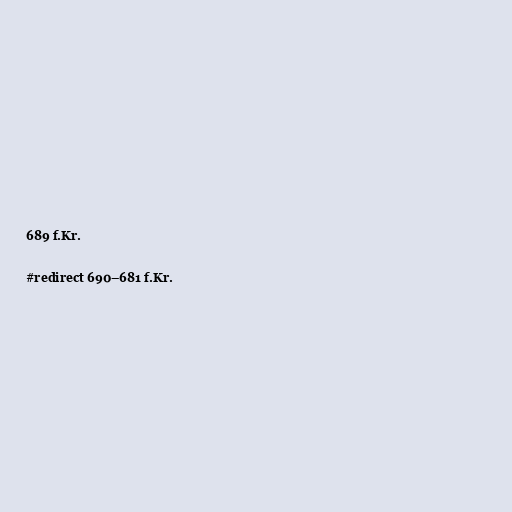
689 f.Kr.

#redirect 690–681 f.Kr.